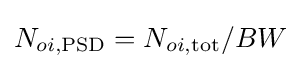
N_{oi,\mathrm {PSD} }=N_{oi,\mathrm {tot} }/BW